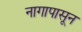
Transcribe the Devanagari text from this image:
नागापासून